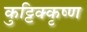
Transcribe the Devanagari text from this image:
कुट्टिक्कृष्ण